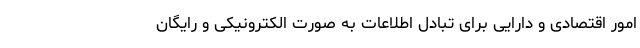
امور اقتصادی و دارایی برای تبادل اطلاعات به صورت الکترونیکی و رایگان